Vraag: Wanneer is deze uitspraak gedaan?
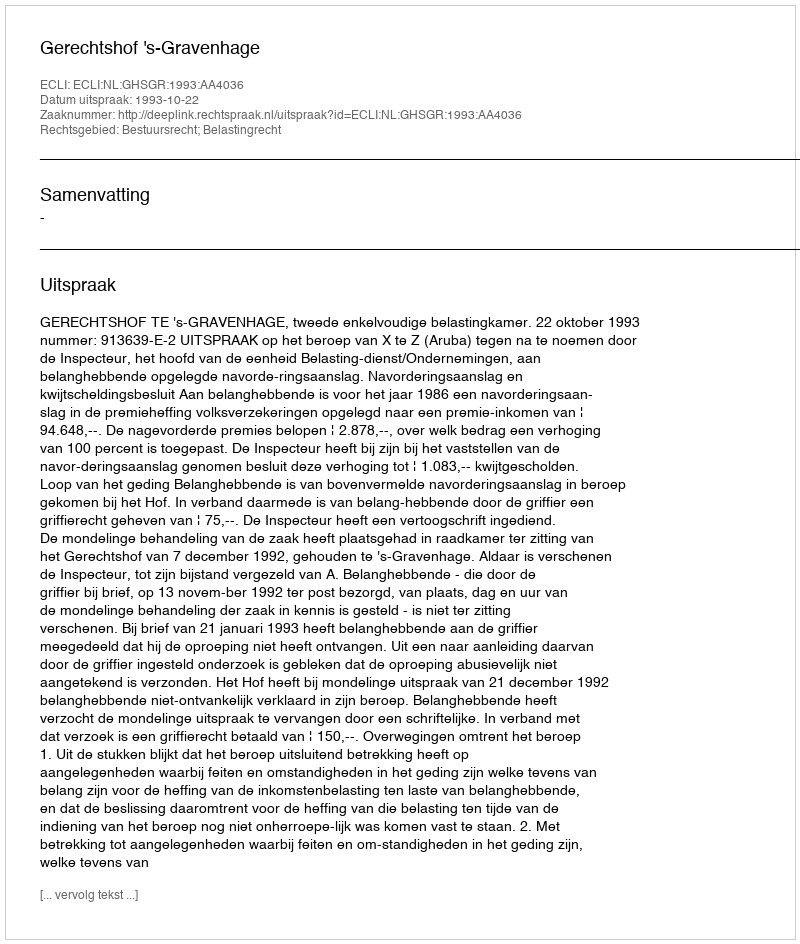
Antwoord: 1993-10-22